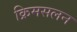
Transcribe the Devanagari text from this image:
क्रिमसलन